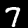
Digit: 7